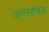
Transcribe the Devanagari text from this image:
अन्नसंचय